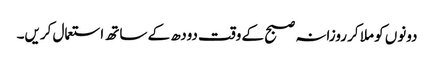
دونوں کو ملا کر روزانہ صبح کے وقت دودھ کے ساتھ استعمال کریں۔